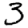
Digit: 3